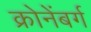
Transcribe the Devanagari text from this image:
क्रोनेंबर्ग